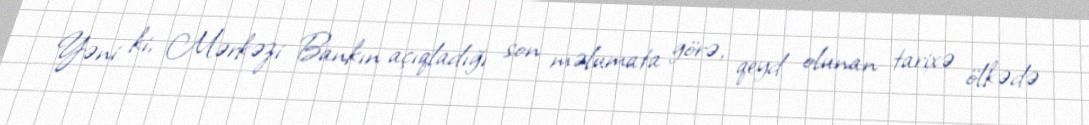
Yəni ki, Mərkəzi Bankın açıqladığı son məlumata görə, qeyd olunan tarixə ölkədə